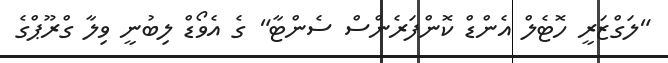
"ލަގްޒަރީ ހޮޓެލް އެންޑް ކޮންފަރެންސް ސެންޓާ" ގެ އެވޯޑް ލިބުނީ ވިލާ ގްރޫޕްގެ